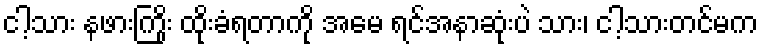
ငါ့သား နဖားကြိုး ထိုးခံရတာကို အမေ ရင်အနာဆုံးပဲ သား၊ ငါ့သားတင်မက